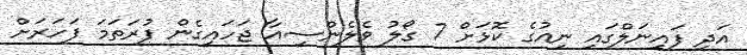
އަދި ފައިނަލްގައި ނިއުގެ ކޮޅަށް 7 ގޯލު ވެލެންސިއާ ޖަހައިގެން ފުރަތަމަ ފަހަރަށް